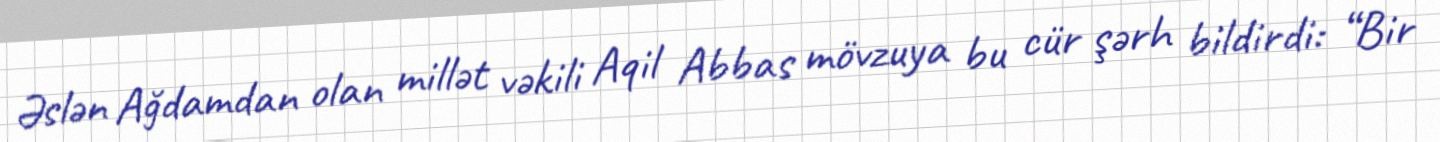
Əslən Ağdamdan olan millət vəkili Aqil Abbas mövzuya bu cür şərh bildirdi: “Bir